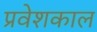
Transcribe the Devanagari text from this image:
प्रवेशकाल